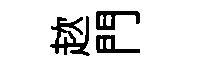
趑門